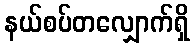
နယ်စပ်တလျှောက်ရှိ